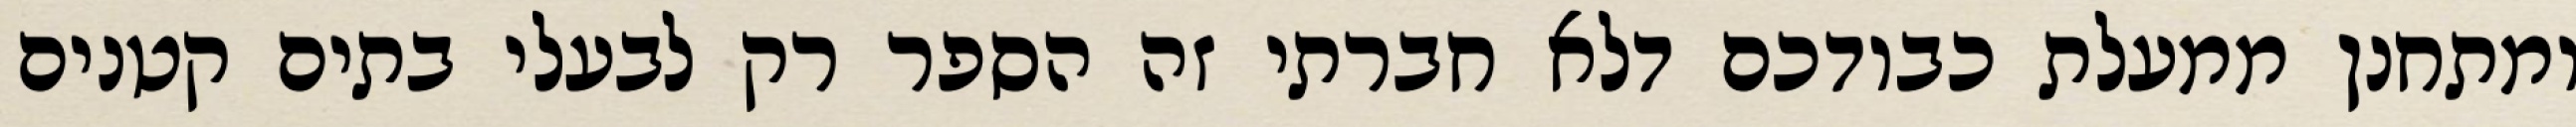
ומתחנן ממעלת כבודכם דלא חברתי זה הספר רק לבעלי בתים קטנים